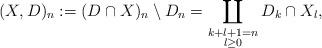
LaTeX: \begin{align*}(X, D)_n:=(D \cap X)_n \setminus D_n=\coprod_{\substack{k+l+1=n \\ l \ge 0}}D_k \cap X_l,\end{align*}